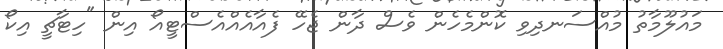
މައުލޫމާތު މުއްސަނދިވި ކޮންމެހެން ވެސް ދާން ޖެހޭ ފެއާއެއްއެސްޓީއޯ އިން "ހިޓާޗީ އިކޯ